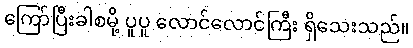
ကြော်ပြီးခါစမို့ ပူပူ လောင်လောင်ကြီး ရှိသေးသည်။